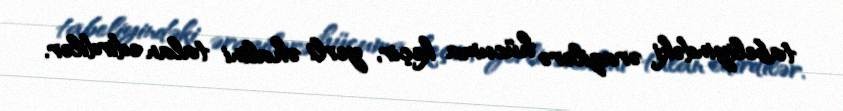
tabeliyindəki ərazilərə hücuma keçir, yerli əhalini talan edirdilər.